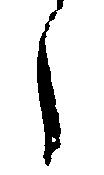
々